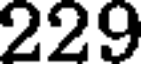
229